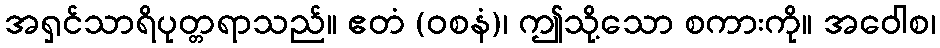
အရှင်သာရိပုတ္တရာသည်။ ဧတံ (ဝစနံ)၊ ဤသို့သော စကားကို။ အဝေါစ၊